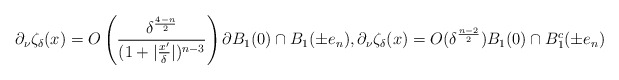
\begin{align*}\partial_\nu \zeta_\delta(x)=O\left(\frac{\delta^\frac{4-n}{2}}{(1+|\frac{x'}{\delta}|)^{n-3}}\right) \partial B_1(0)\cap B_1(\pm e_n), \partial_\nu \zeta_\delta(x)=O(\delta^\frac{n-2}{2}) B_1(0)\cap B_1^c(\pm e_n)\end{align*}